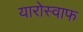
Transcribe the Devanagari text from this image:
यारोस्वाफ